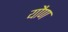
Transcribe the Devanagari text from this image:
यौण